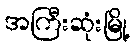
အကြီးဆုံးမြို့